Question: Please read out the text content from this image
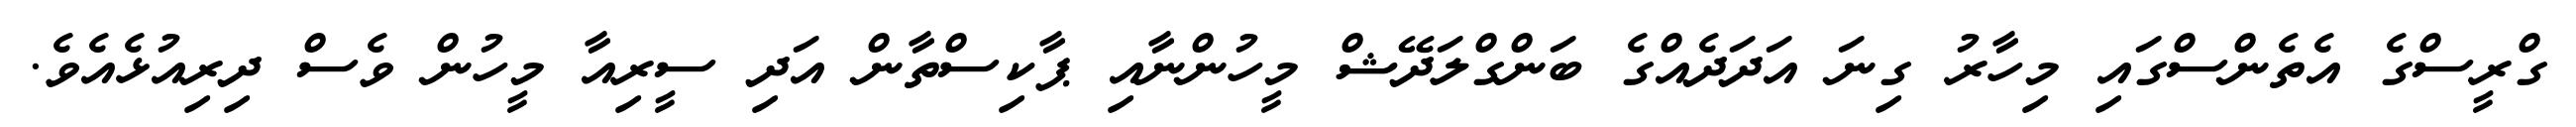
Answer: ގްރީސްގެ އެތެންސްގައި މިހާރު ގިނަ އަދަދެއްގެ ބަންގްލަދޭޝް މީހުންނާއި ޕާކިސްތާން އަދި ސީރިއާ މީހުން ވެސް ދިރިއުޅެއެވެ.